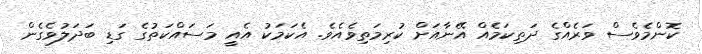
ކޮންމެވެސް ވަރެއްގެ ދަތިކަމެއް އޭނާއަށް ކުރިމަތިވެއެވެ. އެކަމަކު އެއީ މަސައްކަތުގެ ގަޑި ބަދަލުވެގެން